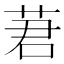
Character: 莙